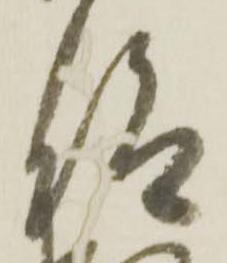
仰